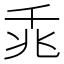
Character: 𪜍